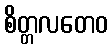
စိတ္တလတေဝ